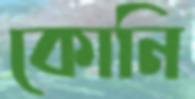
কোনি